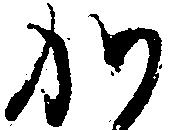
か